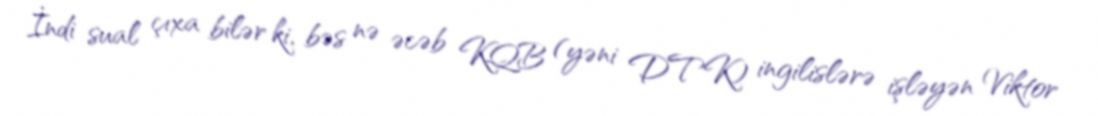
İndi sual çıxa bilər ki, bəs nə əcəb KQB (yəni DTK) ingilislərə işləyən Viktor